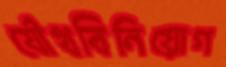
যৌথবিনিয়োগ